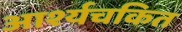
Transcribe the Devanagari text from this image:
आर्श्यचकित